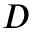
D